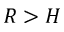
R > H